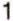
1